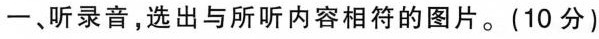
一、听录音，选出与所听内容相符的图片。(10分)